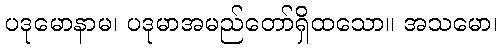
ပဒုမောနာမ၊ ပဒုမာအမည်တော်ရှိထသော။ အသမော၊